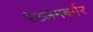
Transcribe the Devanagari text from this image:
रेटज़ेनबर्गर